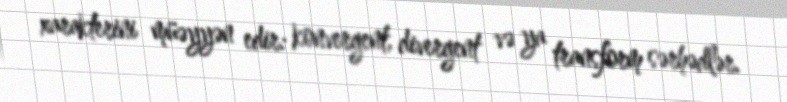
xarakterini müəyyən edir: konvergent, divergent və ya transform sərhədlər.